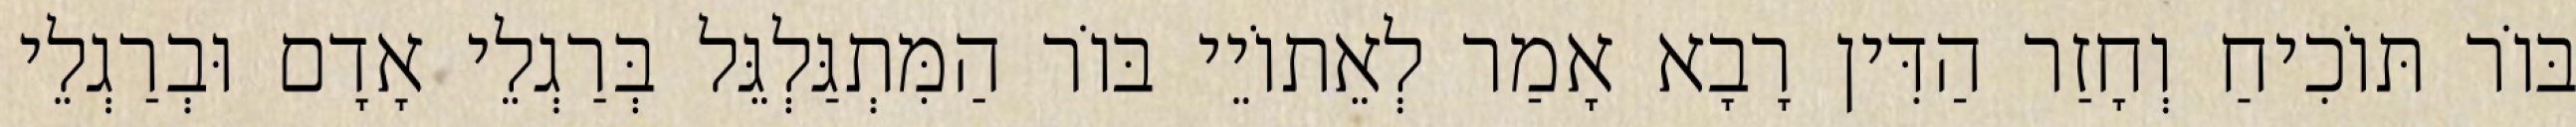
בּוֹר תּוֹכִיחַ וְחָזַר הַדִּין רָבָא אָמַר לְאֵתוֹיֵי בּוֹר הַמִּתְגַּלְגֵּל בְּרַגְלֵי אָדָם וּבְרַגְלֵי